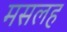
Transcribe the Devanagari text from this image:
मसलह